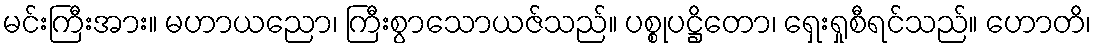
မင်းကြီးအား။ မဟာယညော၊ ကြီးစွာသောယဇ်သည်။ ပစ္စုပဋ္ဌိတော၊ ရှေးရှုစီရင်သည်။ ဟောတိ၊